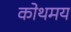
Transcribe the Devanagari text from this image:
कोथमय